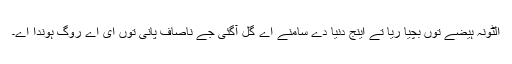
الٹونہ ہیضے توں بچیا ریا تے اینج دنیا دے سامنے اے گل آگئی جے ناصاف پانی توں ای اے روگ ہوندا اے۔